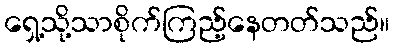
ရှေ့သို့သာစိုက်ကြည့်နေတတ်သည်။